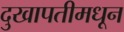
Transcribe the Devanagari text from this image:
दुखापतीमधून